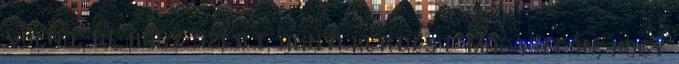
volna, de hagy azért annyi kérdést maga után, hogy